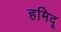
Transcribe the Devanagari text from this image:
हमिदू